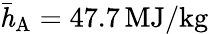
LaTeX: \mathit{\bar{h}_{\mathrm{A}}}=47.7\, \mathrm{MJ/kg}